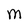
Character: M